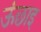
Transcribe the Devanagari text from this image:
ऊंछाइ